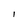
Character: l